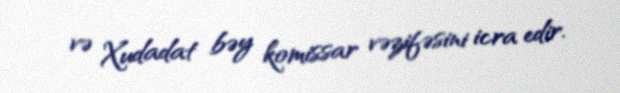
və Xudadat bəy komissar vəzifəsini icra edir.